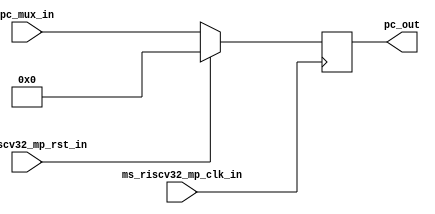
module msrv32_reg_block_1(input [31:0] pc_mux_in, input ms_riscv32_mp_clk_in,ms_riscv32_mp_rst_in,output reg [31:0] pc_out);
always @(posedge ms_riscv32_mp_clk_in)
begin
	if(ms_riscv32_mp_rst_in)
		pc_out <= 32'h00000000;
	else
		pc_out<= pc_mux_in;
end

endmodule